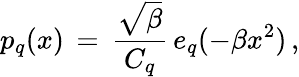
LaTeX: p_{q}(x)\, =\, \frac{\sqrt{\beta}}{C_{q}}\, e_{q}(-\beta x^{2})\, ,